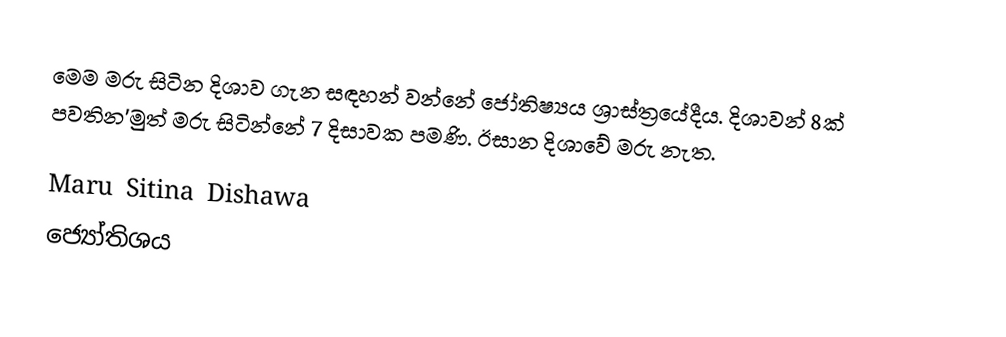
මෙම මරු සිටින දිශාව ගැන සඳහන් වන්නේ ජෝතිෂ්‍යය ශ්‍රාස්ත්‍රයේදීය. දිශාවන් 8ක් පවතින'මුත් මරු සිටින්නේ 7 දිසාවක පමණි. ඊසාන දිශාවේ මරු නැත.

Maru Sitina Dishawa
ජ්‍යෝතිශය